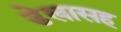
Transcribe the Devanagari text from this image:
डेखासह